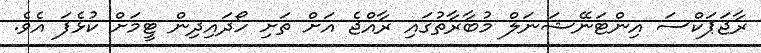
ރާޖަޕަކްސަ އިންޓަނޭޝަނަލް މުބާރާތުގައި ރާއްޖެ އަށް ތަށި ހޯދައިދިން ޓީމަށް ކުޅެފަ އެވެ.